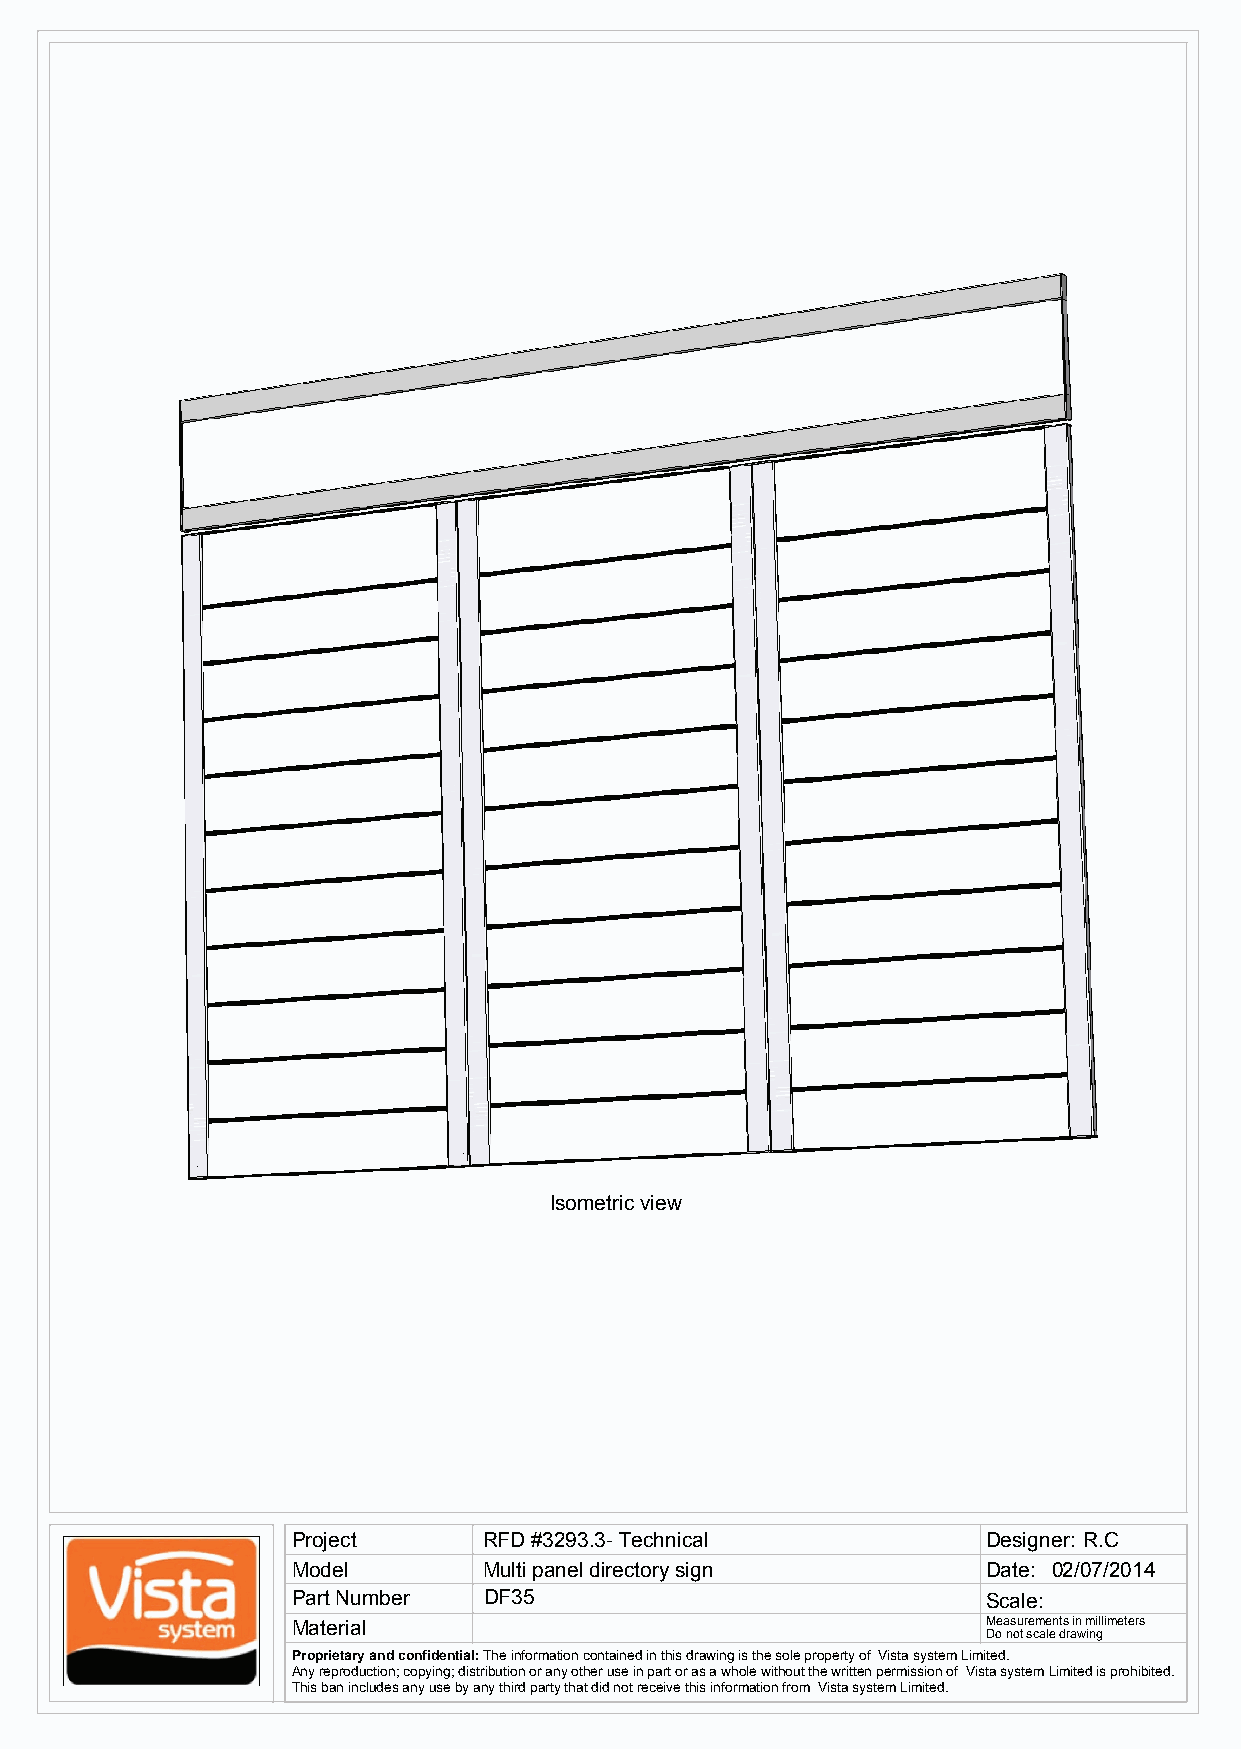
Isometric view
 Project      RFD #3293.3- Technical           Designer: R.C
 Model        Multi panel directory sign       Date: 02/07/2014
 Part Number  DF35                             Scale:
 Material                                      Measurements in millimeters
 Do not scale drawing
 Proprietary and confidential: The information contained in this drawing is the sole property of Vista system Limited.
 Any reproduction; copying; distribution or any other use in part or as a whole without the written permission of Vista system Limited is prohibited.
 This ban includes any use by any third party that did not receive this information from Vista system Limited.